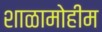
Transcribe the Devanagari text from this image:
शाळामोहीम